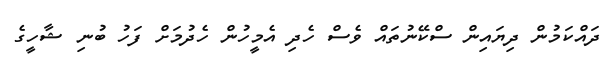
ދައްކަމުން ދިޔައިން ސްކޭނުތައް ވެސް ހެދި އެމީހުން ހެދުމަށް ފަހު ބުނި ޝާހީގެ